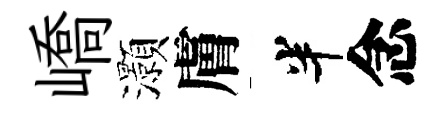
嶠灝膚半念